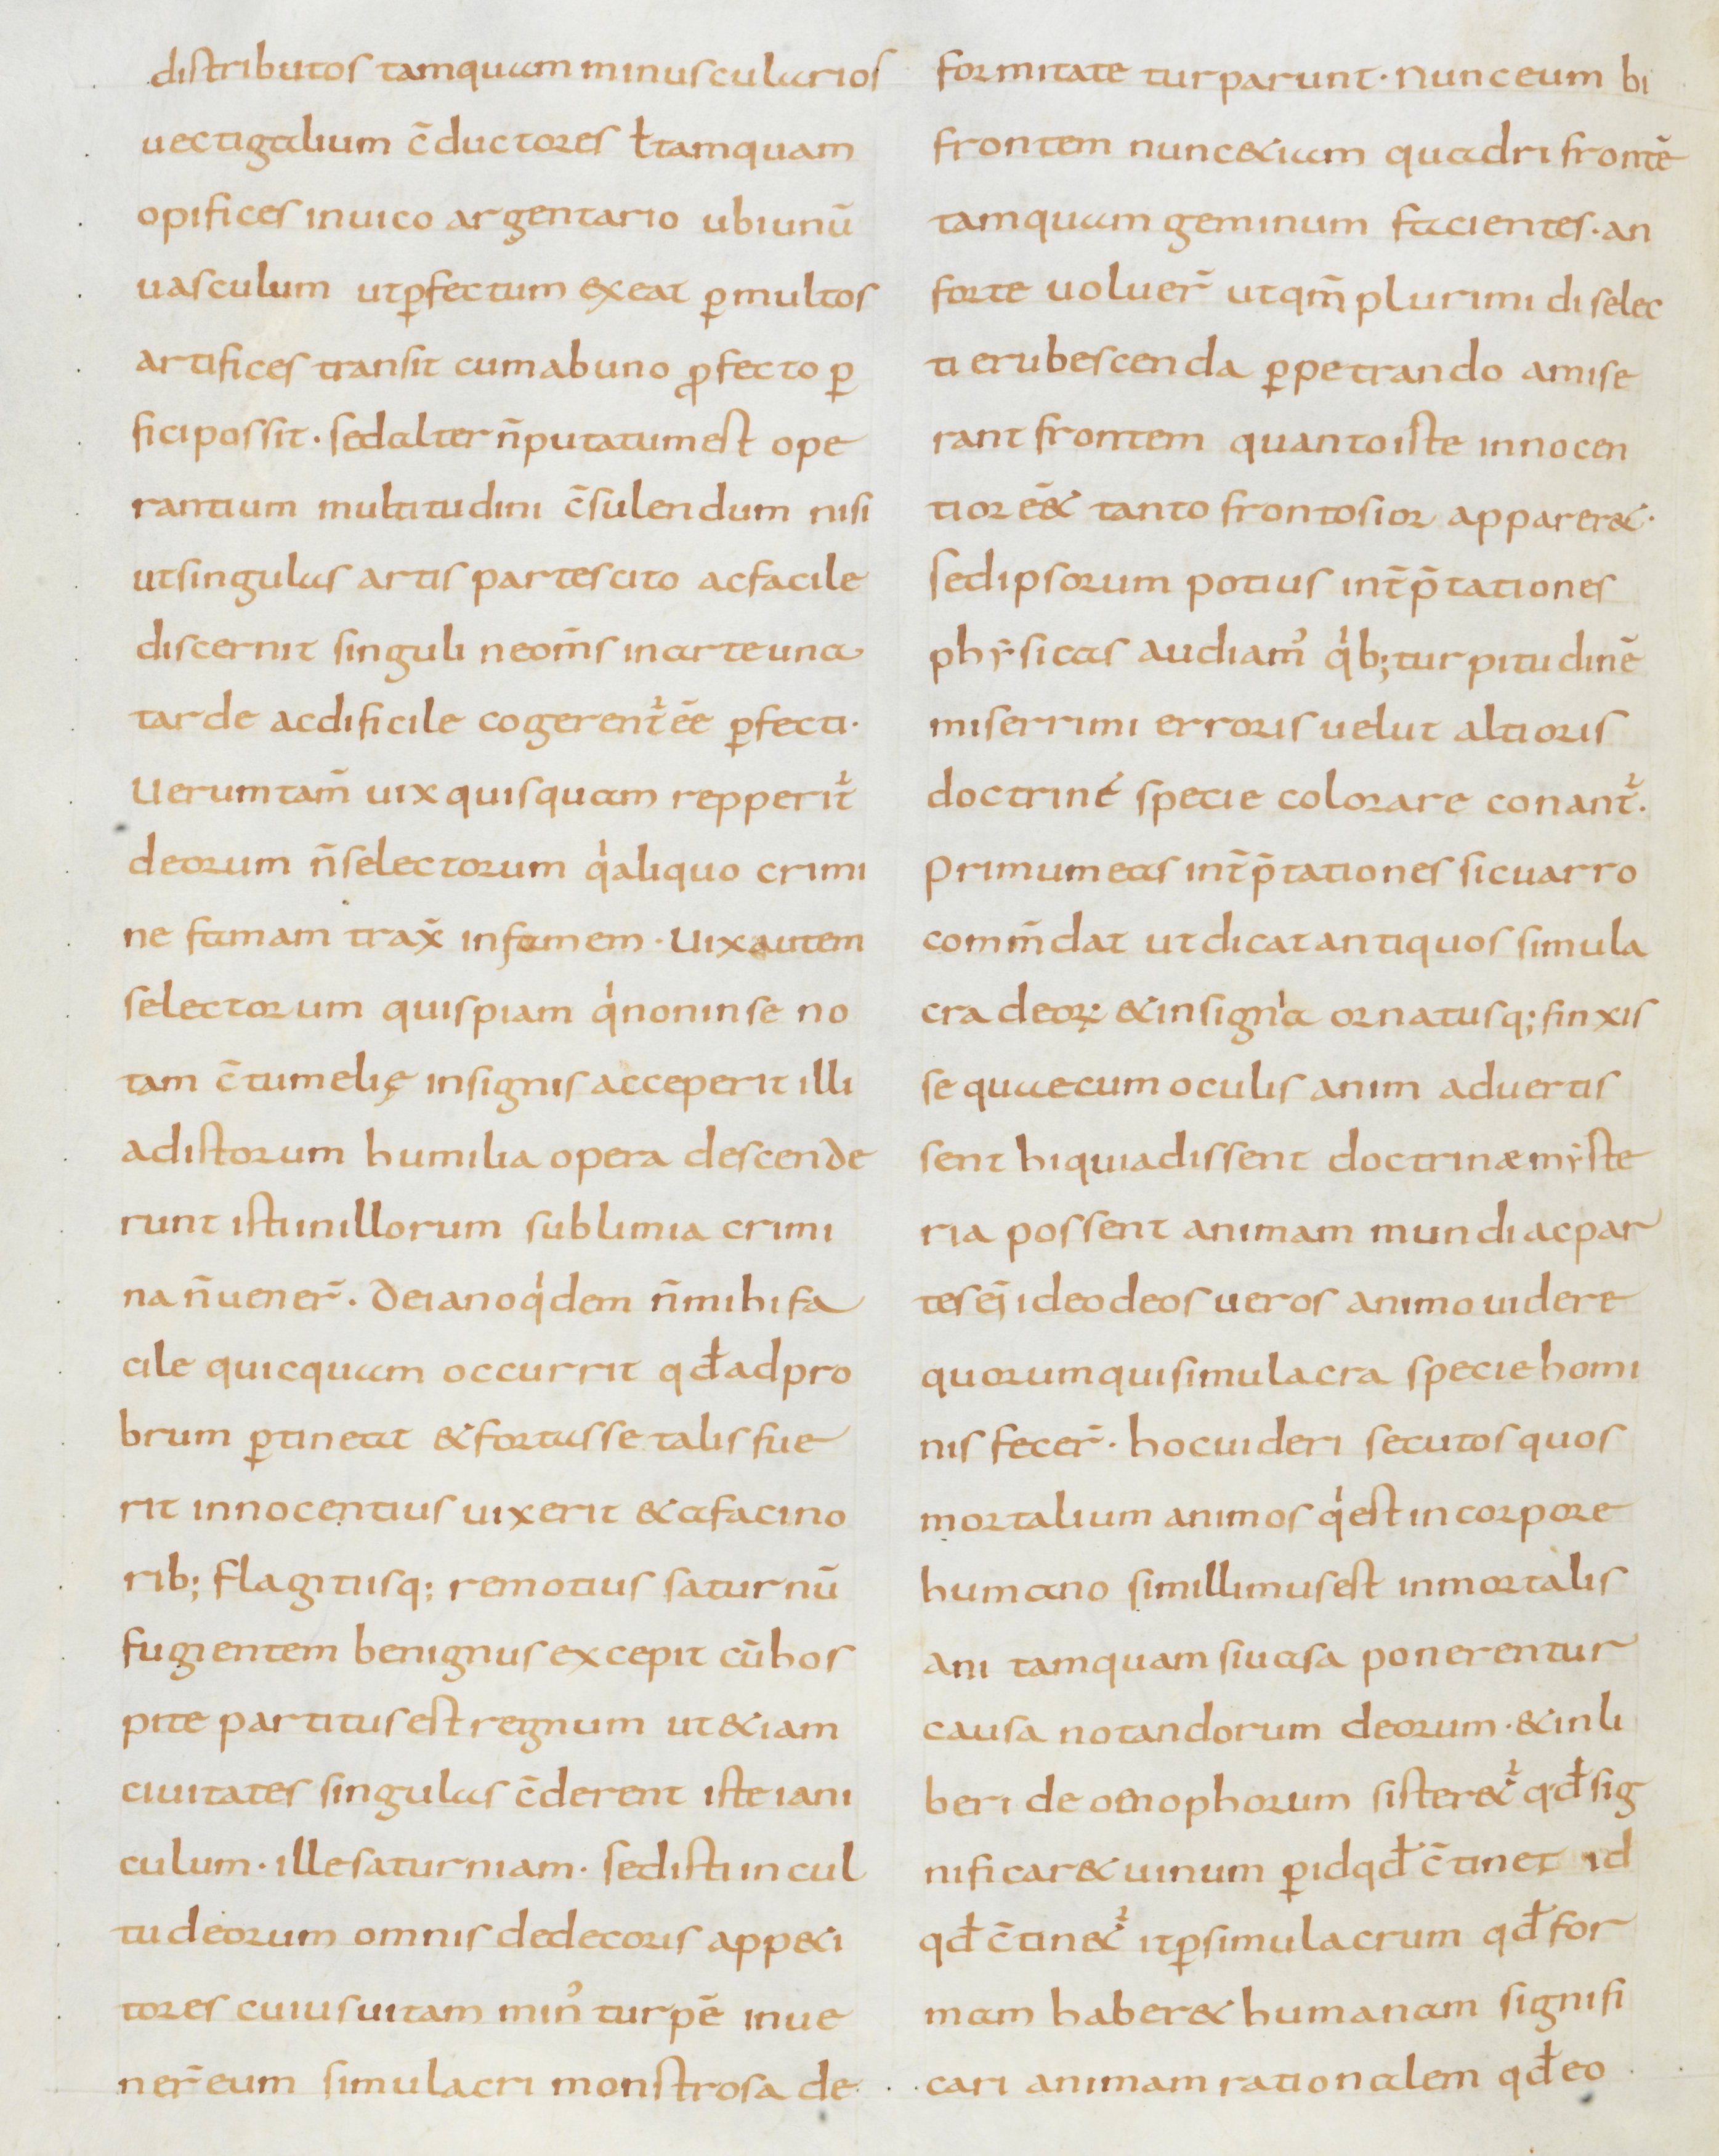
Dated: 800–899